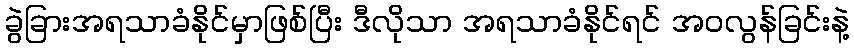
ခွဲခြားအရသာခံနိုင်မှာဖြစ်ပြီး ဒီလိုသာ အရသာခံနိုင်ရင် အဝလွန်ခြင်းနဲ့